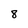
Character: 8